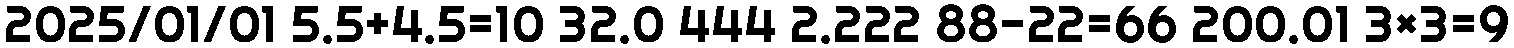
2025/01/01 5.5+4.5=10 32.0 444 2.222 88-22=66 200.01 3×3=9